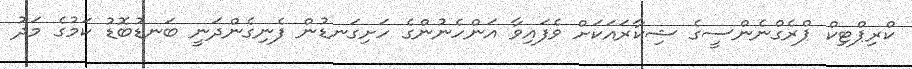
ކްރިޕްޓިކް ޕްރެގްނެންސީގެ ޝިކާރައަކަށް ވެފައިވާ އަންހެނުންގެ ހަށިގަނޑުން ފެނިގެންދަނީ ބަނޑުބޮޑު ކަމުގެ މަދު